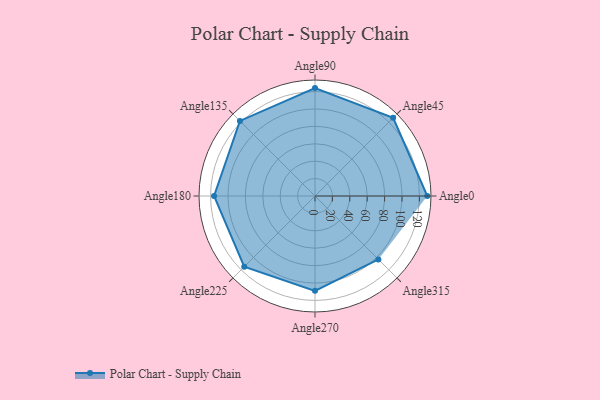
{"axis": {"x": "Angle", "y": "Radius"}, "legend": [""], "data": [{"x": "Angle0", "y": 129.0, "type": ""}, {"x": "Angle45", "y": 127.0, "type": ""}, {"x": "Angle90", "y": 124.0, "type": ""}, {"x": "Angle135", "y": 122.0, "type": ""}, {"x": "Angle180", "y": 116.0, "type": ""}, {"x": "Angle225", "y": 115.0, "type": ""}, {"x": "Angle270", "y": 109.0, "type": ""}, {"x": "Angle315", "y": 103.0, "type": ""}]}